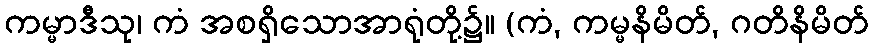
ကမ္မာဒီသု၊ ကံ အစရှိသောအာရုံတို့၌။ (ကံ, ကမ္မနိမိတ်, ဂတိနိမိတ်